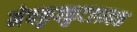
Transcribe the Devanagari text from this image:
मेषकुक्कुटलावक